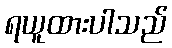
ရယူထားပါသည်